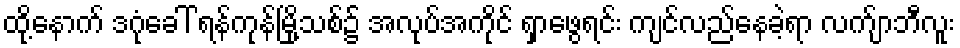
ထို့နောက် ဒဂုံခေါ် ရန်ကုန်မြို့သစ်၌ အလုပ်အကိုင် ရှာဖွေရင်း ကျင်လည်နေခဲ့ရာ လက်ျာဘီလူး